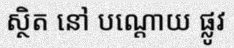
ស្ថិត នៅ បណ្តោយ ផ្លូវ